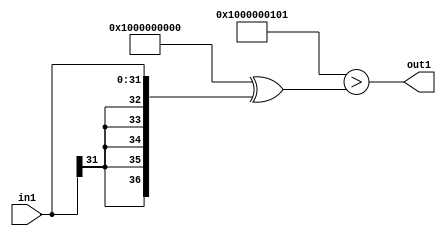
`timescale 1ps / 1ps
/*****************************************************************************
    Verilog RTL Description
    
    
    Created by: Stratus DpOpt 2019.1.01 
*******************************************************************************/

module DC_Filter_gen000002_1 (
	in1,
	out1
	); /* architecture "behavioural" */ 
input [31:0] in1;
output  out1;
wire  asc001;

assign asc001 = ((37'B1000000000000000000000000000000000000 ^ 37'B0000000000000000000000000000100000001)>(37'B1000000000000000000000000000000000000
    ^ {{5{in1[31]}}, in1}));

assign out1 = asc001;
endmodule

/* CADENCE  uLPwTAk= : u9/ySgnWtBlWxVPRXgAZ4Og= ** DO NOT EDIT THIS LINE ******/